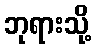
ဘုရားသို့